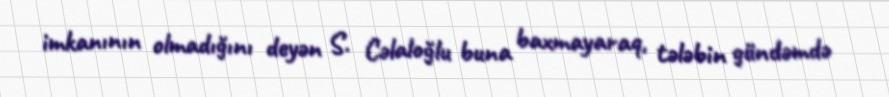
imkanının olmadığını deyən S. Cəlaloğlu buna baxmayaraq, tələbin gündəmdə